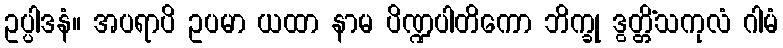
ဥပ္ပါဒနံ။ အပရာပိ ဥပမာ ယထာ နာမ ပိဏ္ဍပါတိကော ဘိက္ခု ဒွတ္တိံသကုလံ ဂါမံ